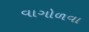
વાગોળવા